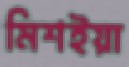
মিশইয়া